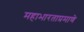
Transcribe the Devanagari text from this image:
महाभारताप्रमाणे